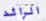
الرائد